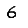
Digit: 6